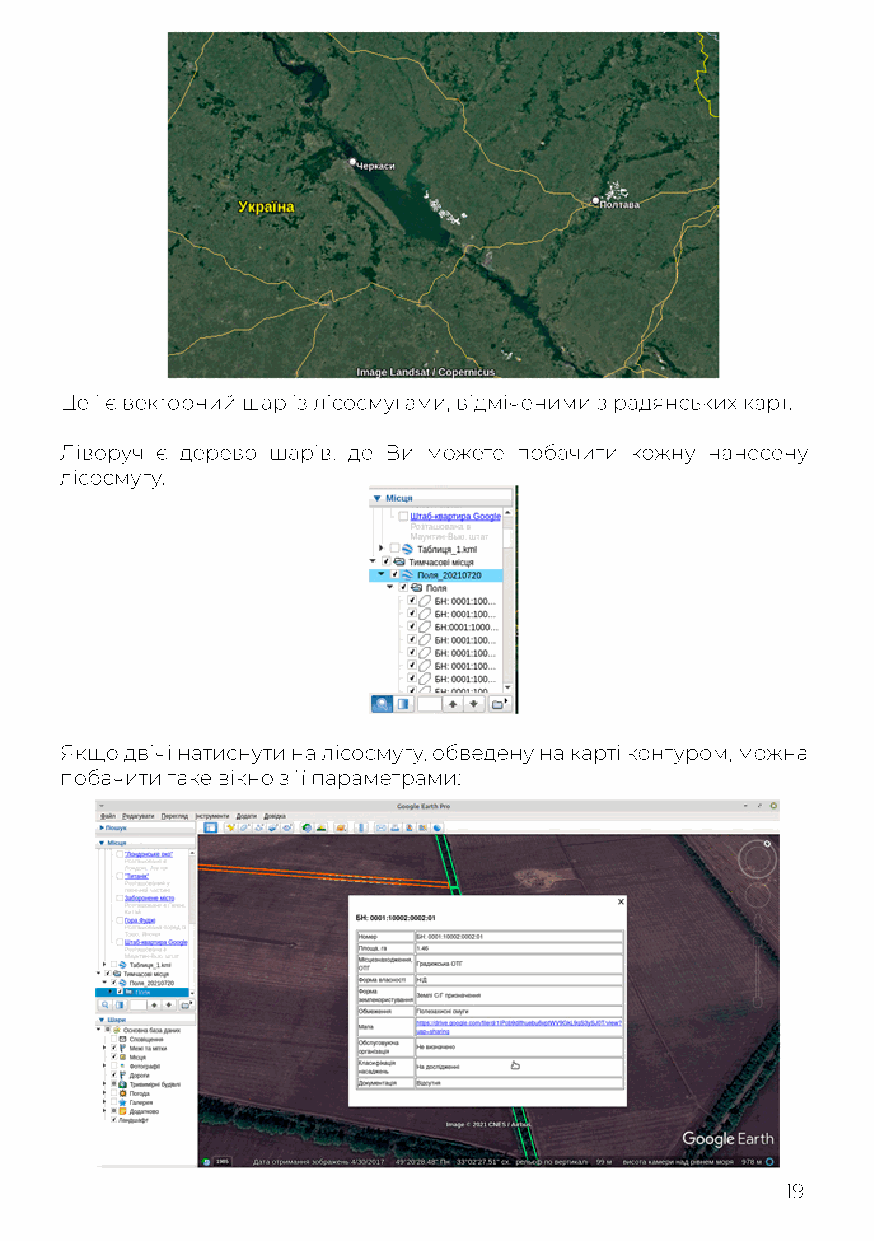
Це і є векторний шар із лісосмугами, відміченими з радянських карт.
 Ліворуч є дерево шарів, де Ви можете побачити кожну нанесену
 лісосмугу.
 Якщо двічі натиснути на лісосмугу, обведену на карті контуром, можна
 побачити таке вікно з її параметрами:
 19